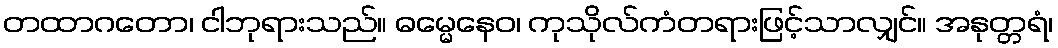
တထာဂတော၊ ငါဘုရားသည်။ ဓမ္မေနေဝ၊ ကုသိုလ်ကံတရားဖြင့်သာလျှင်။ အနုတ္တရံ၊